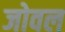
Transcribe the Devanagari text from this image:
जोवल